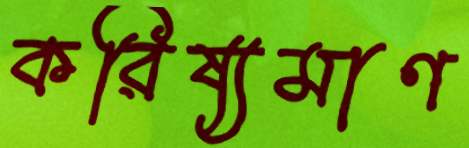
করিষ্যমাণ